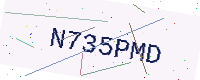
Text: N735PMD